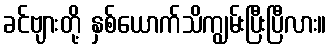
ခင်ဗျားတို့ နှစ်ယောက်သိကျွမ်းပြီးပြီလား။